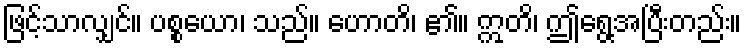
ဖြင့်သာလျှင်။ ပစ္စယော၊ သည်။ ဟောတိ၊ ၏။ ဣတိ၊ ဤရွေ့အပြီးတည်း။